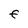
Character: f